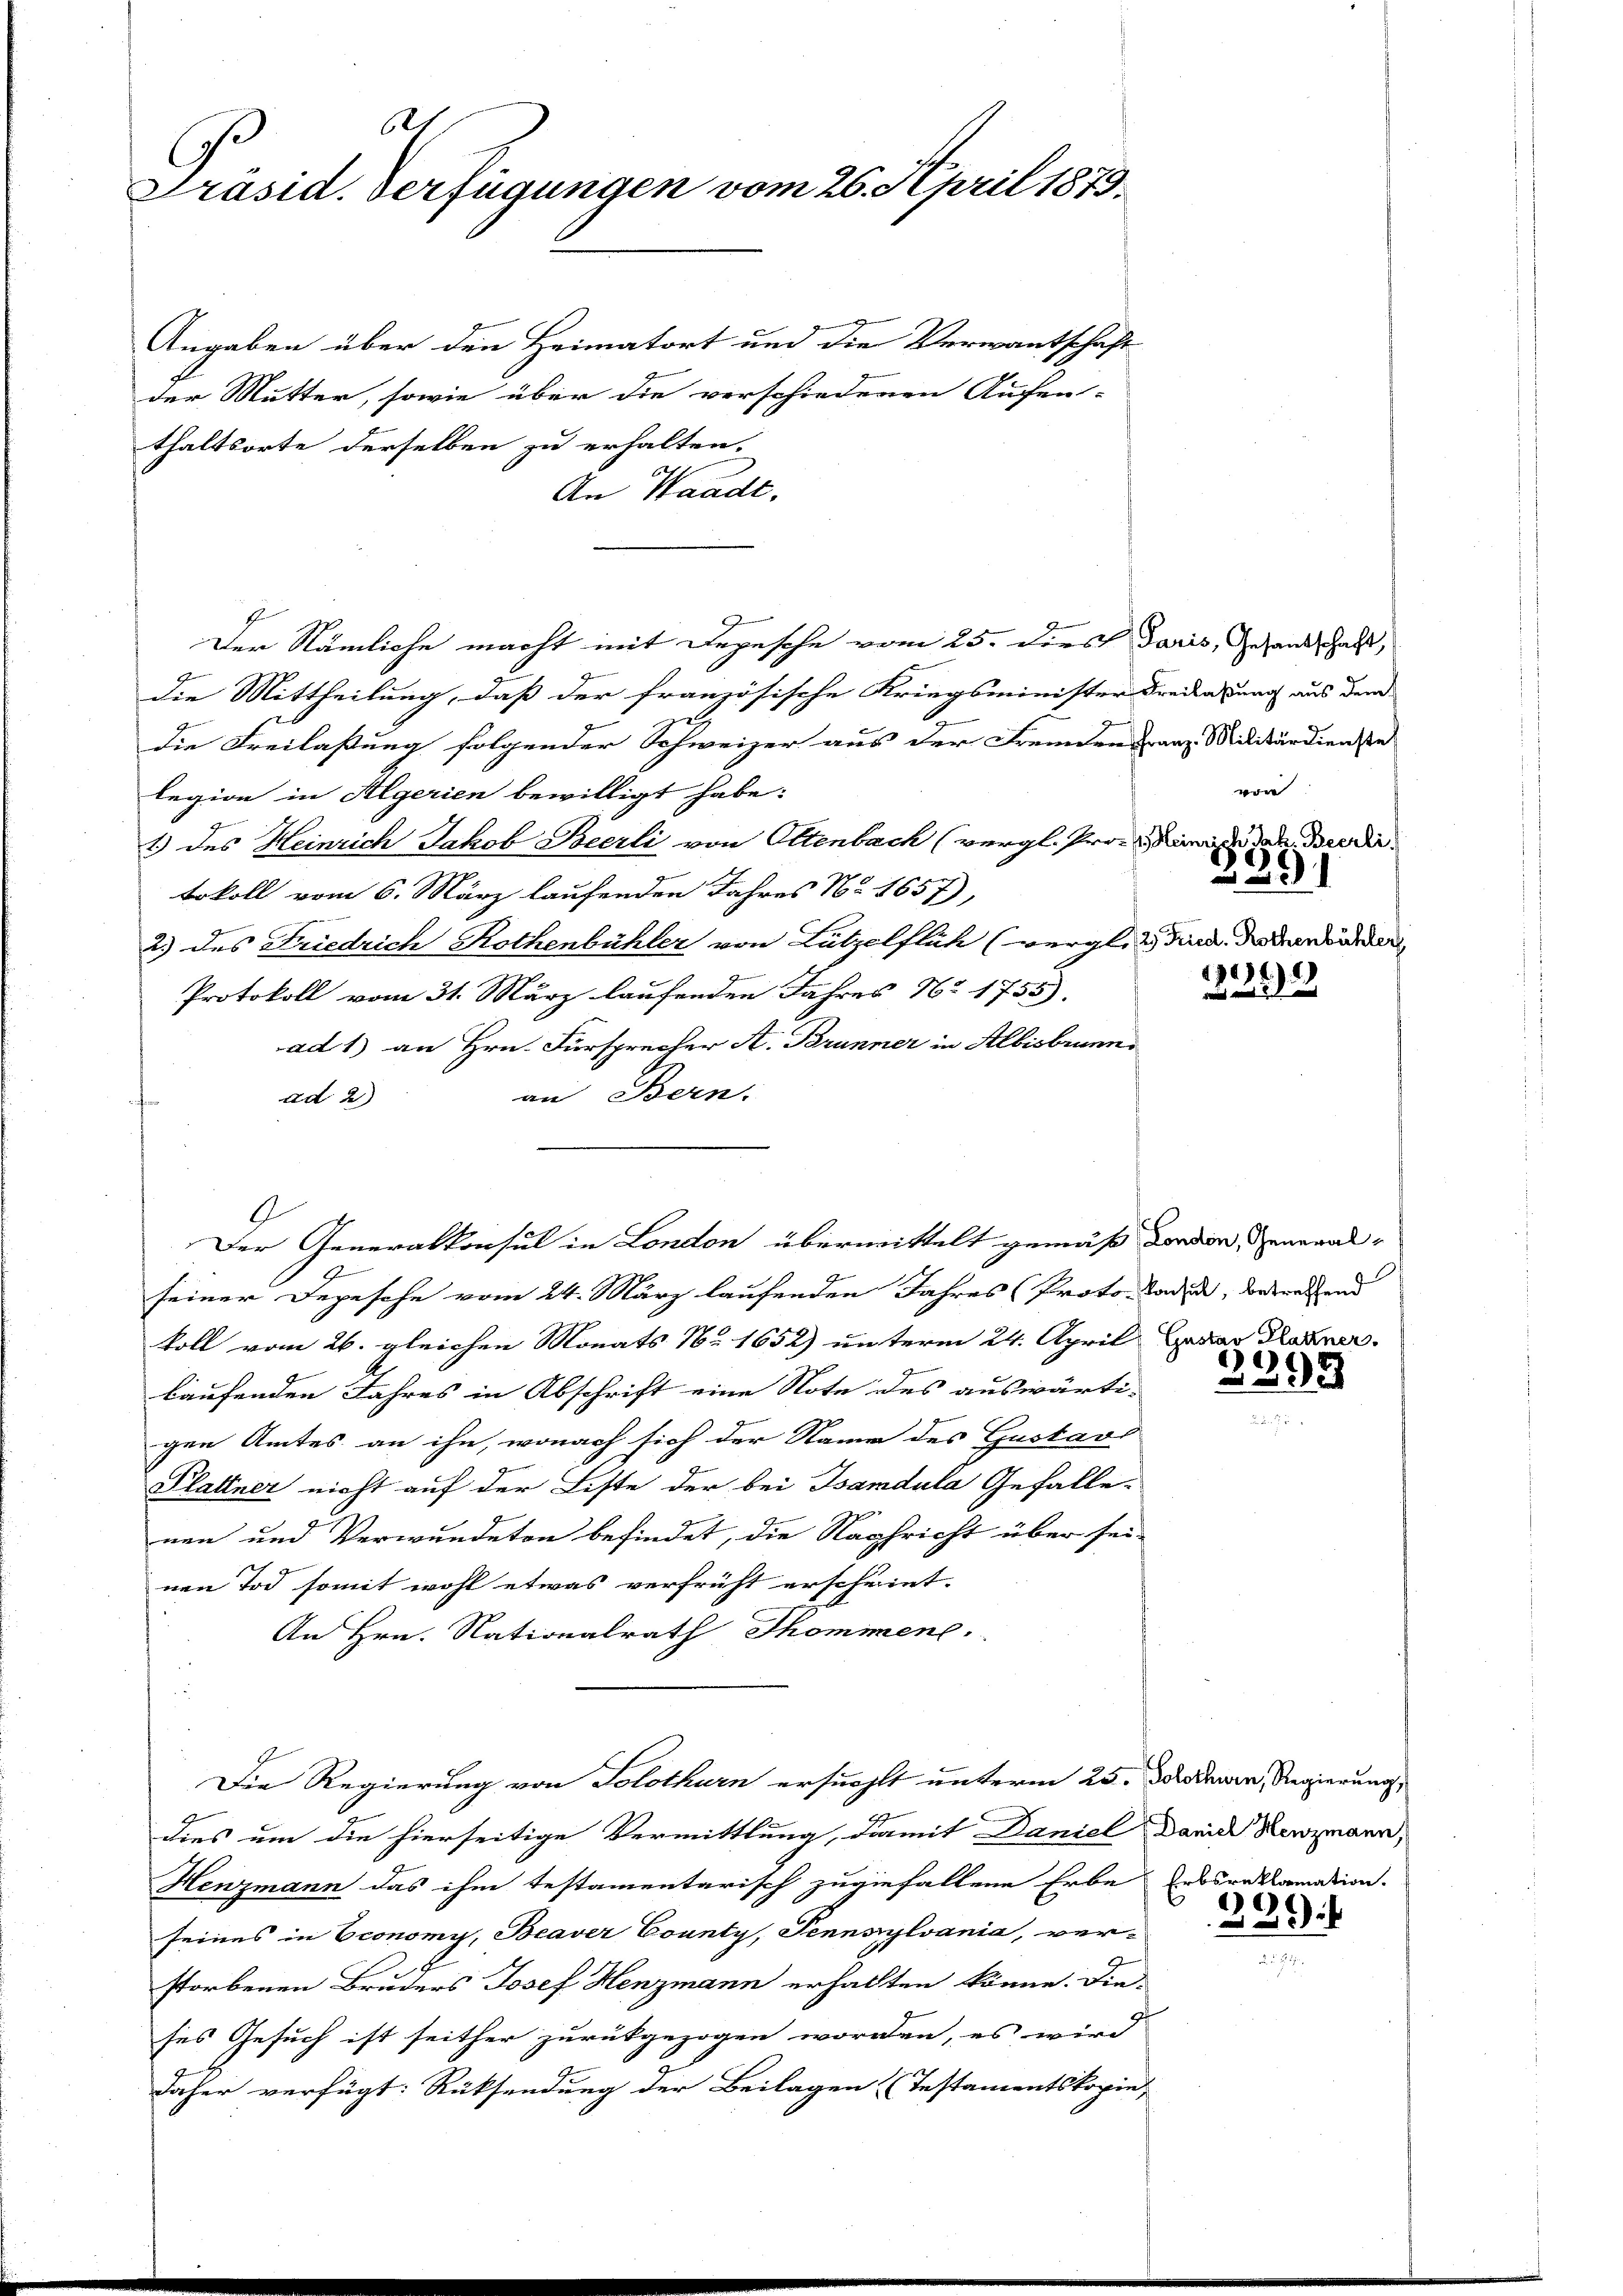
6
Präsid. Verfügungen vom 26. April 1879.

Angaben über den Heimatort und die Verwantschaft
der Mutter, sowie über die verschiedenen Aufen-
thaltsorte derselben zu erhalten.
An Waadt.
Der Nämliche macht mit Depesche vom 25. dies daris, Gesandtschaft,
die Mittheilung, daß der französische Kriegsminister Breitagung aus dem
die Freilaßung folgender Schweizer aus der Fremden Franz Militärdienste
legion in Algerien bewilligt habe:
1) des Heinrich Jakob Beerli von Oltenbach (vergl. Prose der der die
tokoll vom 6. März laufenden Jahres No 1657),
2.) des Friedrich Rothenbühler von Lützelflüh (verglich Pud, da verorder
Protokoll vom 31. März laufenden Jahres No 1755).
ad 1) an Hrn. Fürsprecher A. Brunner in Albisbrunn
an Bern:
ad 2.)
seiner Depesche vom 24. März laufenden Jahres (Proto- Baden, betretend
koll vom 26. gleichen Monats N. 1652) unterm 24. April bedar Dauer
kaufenden Jahres in Abschrift eine Note des auswärti-
gen Amtes an ihn, wonach sich der Name des Gustavs
Plattner nicht auf der Liste der bei Bamdula Gefalle-
nen und Verwundeten befindet, die Nachricht über sei-
nen Tod somit wohl etwas verfrüht erscheint.
An Hrn. Nationalrath Thommene
Die Regierung von Solothurn ersucht unterm 25. Derawin, Regierung,
dies um die hierseitige Vermittlung, damit Daniel David Renzmann,
Henzmann das ihm testamentarisch zugefallene Erbe Erbsreklamation.
seines in Economy, Beaver County, Pennsylvania, verstorbenen Bruders Josef Henzmann erhalten könne. Die
ses Gesuch ist seither zurückgezogen worden, es wird
daher verfügt: Rücksendung der Beilagen Testamentskopin,

Der Generalkonsul in London übermittelt gemäß darvon, General¬

vor
1
)
2

17.) E
2

3393

30

2